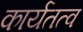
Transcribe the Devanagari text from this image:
कार्यतत्व